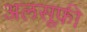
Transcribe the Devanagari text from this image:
अलसूफ़ी